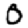
Digit: 0